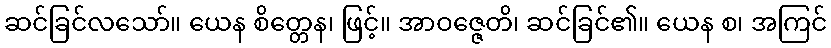
ဆင်ခြင်လသော်။ ယေန စိတ္တေန၊ ဖြင့်။ အာဝဇ္ဇေတိ၊ ဆင်ခြင်၏။ ယေန စ၊ အကြင်